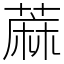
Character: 蔴